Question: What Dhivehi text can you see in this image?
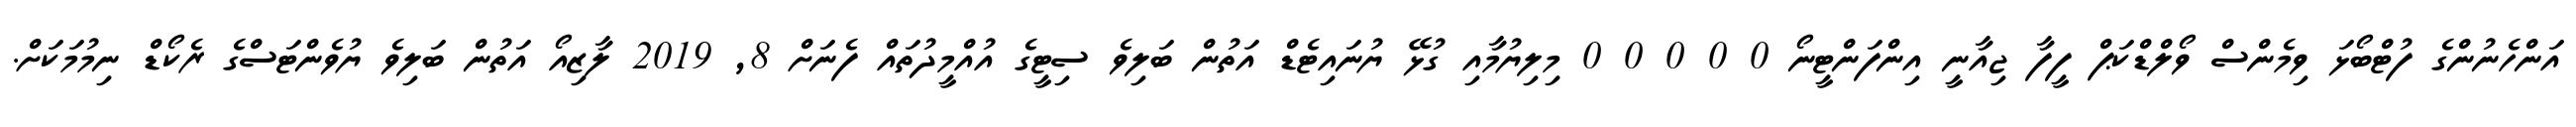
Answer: އަންހެނުންގެ ފުޓްބޯޅަ ވިމެންސް ވޯލްޑްކަޕް ފީފާ ޖިއާނީ އިންފަންޓީނޯ 0 0 0 0 0 މިލިޔުމާއި ގުޅޭ ޔުނައިޓެޑް އަތުން ބަލިވެ ސިޓީގެ އުއްމީދުތައް ފެނަށް 8, 2019 ލާޒިއޯ އަތުން ބަލިވެ ޔުވެންޓަސްގެ ރެކޯޑް ނިމުމަކަށް.